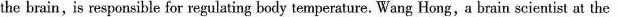
the brain,is responsible for regulating body temperature. Wang Hong,a brain scientist at the